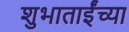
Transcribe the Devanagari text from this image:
शुभाताईंच्या